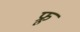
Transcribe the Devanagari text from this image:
फ्रू